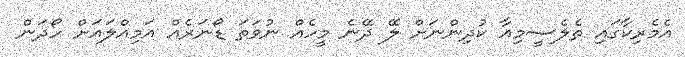
އެމެރިކާގައި ތެލެސީމިއާ ކުދިންނަށް ލޭ ދޭނެ މީހެއް ނުވަތަ ޑޯނަރެއް އަމިއްލައަށް ހޯދަން